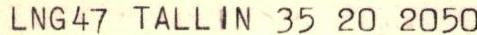
LNG47 TALLIN 35 20 2050